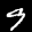
Label: 9